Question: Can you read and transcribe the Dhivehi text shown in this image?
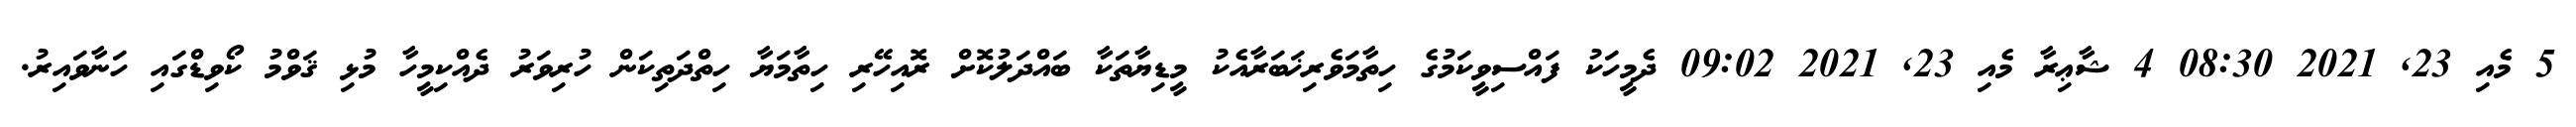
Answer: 5 މެއި 23, 2021 08:30 4 ޝާޢިރާ މެއި 23, 2021 09:02 ދެމީހަކު ފައްސިވީކަމުގެ ހިތާމަވެރިޚަބަރާއެކު މީޑިޔާތަކާ ބައްދަލުކޮށް ރޮއިހޭރި ހިތާމަޔާ ހިތްދަތިކަން ހުރިވަރު ދެއްކިމީހާ މުޅި ޤަވްމު ކޯވިޑްގައި ހަނާވައިރު.